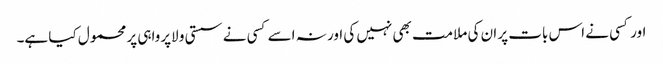
اور کسی نے اس بات پر ان کی ملامت بھی نہیں کی اور نہ اسے کسی نے سستی و لاپرواہی پر محمول کیا ہے۔